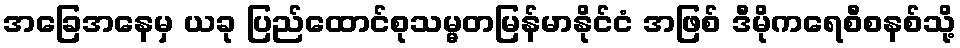
အခြေအနေမှ ယခု ပြည်ထောင်စုသမ္မတမြန်မာနိုင်ငံ အဖြစ် ဒီမိုကရေစီစနစ်သို့